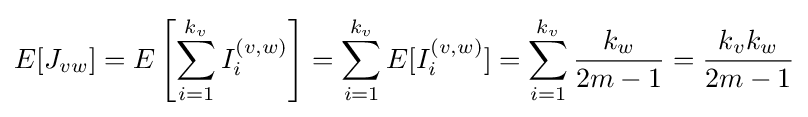
E[J_{vw}]=E\left[\sum _{i=1}^{k_{v}}I_{i}^{(v,w)}\right]=\sum _{i=1}^{k_{v}}E[I_{i}^{(v,w)}]=\sum _{i=1}^{k_{v}}{\frac {k_{w}}{2m-1}}={\frac {k_{v}k_{w}}{2m-1}}